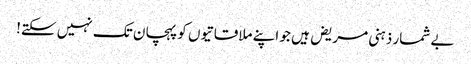
بے شمار ذہنی مریض ہیں جو اپنے ملاقاتیوں کو پہچان تک نہیں سکتے!